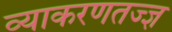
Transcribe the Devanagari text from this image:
व्याकरणतज्‍ज्ञ